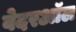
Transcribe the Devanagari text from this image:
वेदरऑल